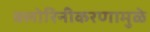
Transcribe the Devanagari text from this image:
क्लोरिनीकरणामुळे